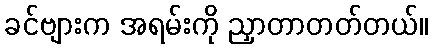
ခင်ဗျားက အရမ်းကို ညှာတာတတ်တယ်။